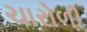
ચારોળી